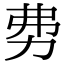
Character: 𠡂